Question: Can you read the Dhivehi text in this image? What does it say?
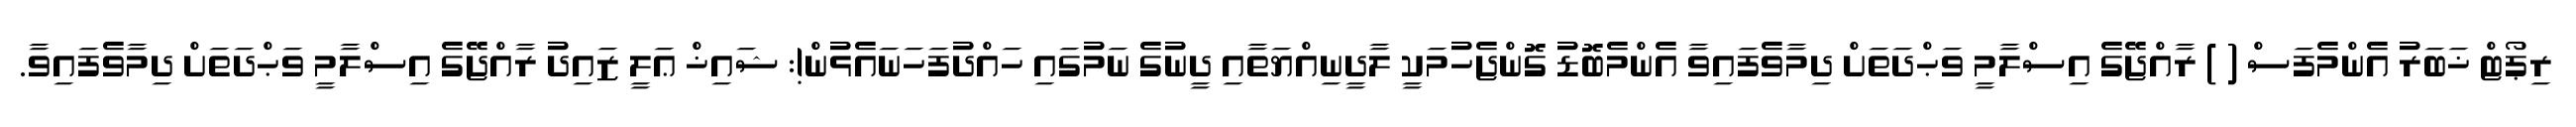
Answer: ރިޕޯޓް ޚަބަރު އެންމެފަސް ( ) ރާއްޖޭގެ އިސްލާމީ ވަޙްދަތަށް ދިމާވެފައިވާ އެންމެބޮޑު ގޮންޖެހުމަކީ ލާދީނިއްޔަތާއި ދީނުގެ ނަމުގައި ހައްދުފަހަނައެޅުން!: ޝައިޚް ޢަލީ ޒައިދު ރާއްޖޭގެ އިސްލާމީ ވަޙްދަތަށް ދިމާވެފައިވާ.